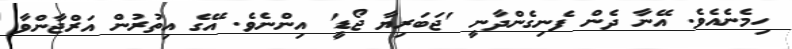
ހިމެނެއެވެ. އޭނާ ދެން ފެނިގެންދާނީ 'ޖަބަރިޔާ ޖޯޑީ' އިންނެވެ. އޭގެ އިތުރުން އަރްޖާންވާ